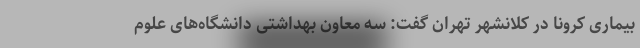
بیماری کرونا در کلانشهر تهران گفت: سه معاون بهداشتی دانشگاه‌های علوم